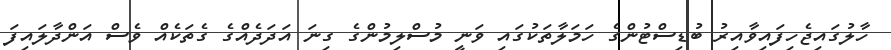
ހާލުގައިޖެހިފައިވާއިރު ބުޑިސްޓުންގެ ހަމަލާތަކުގައި ވަނީ މުސްލިމުންގެ ގިނަ އަދަދެއްގެ ގެތަކެއް ވެސް އަންދާލައިފަ